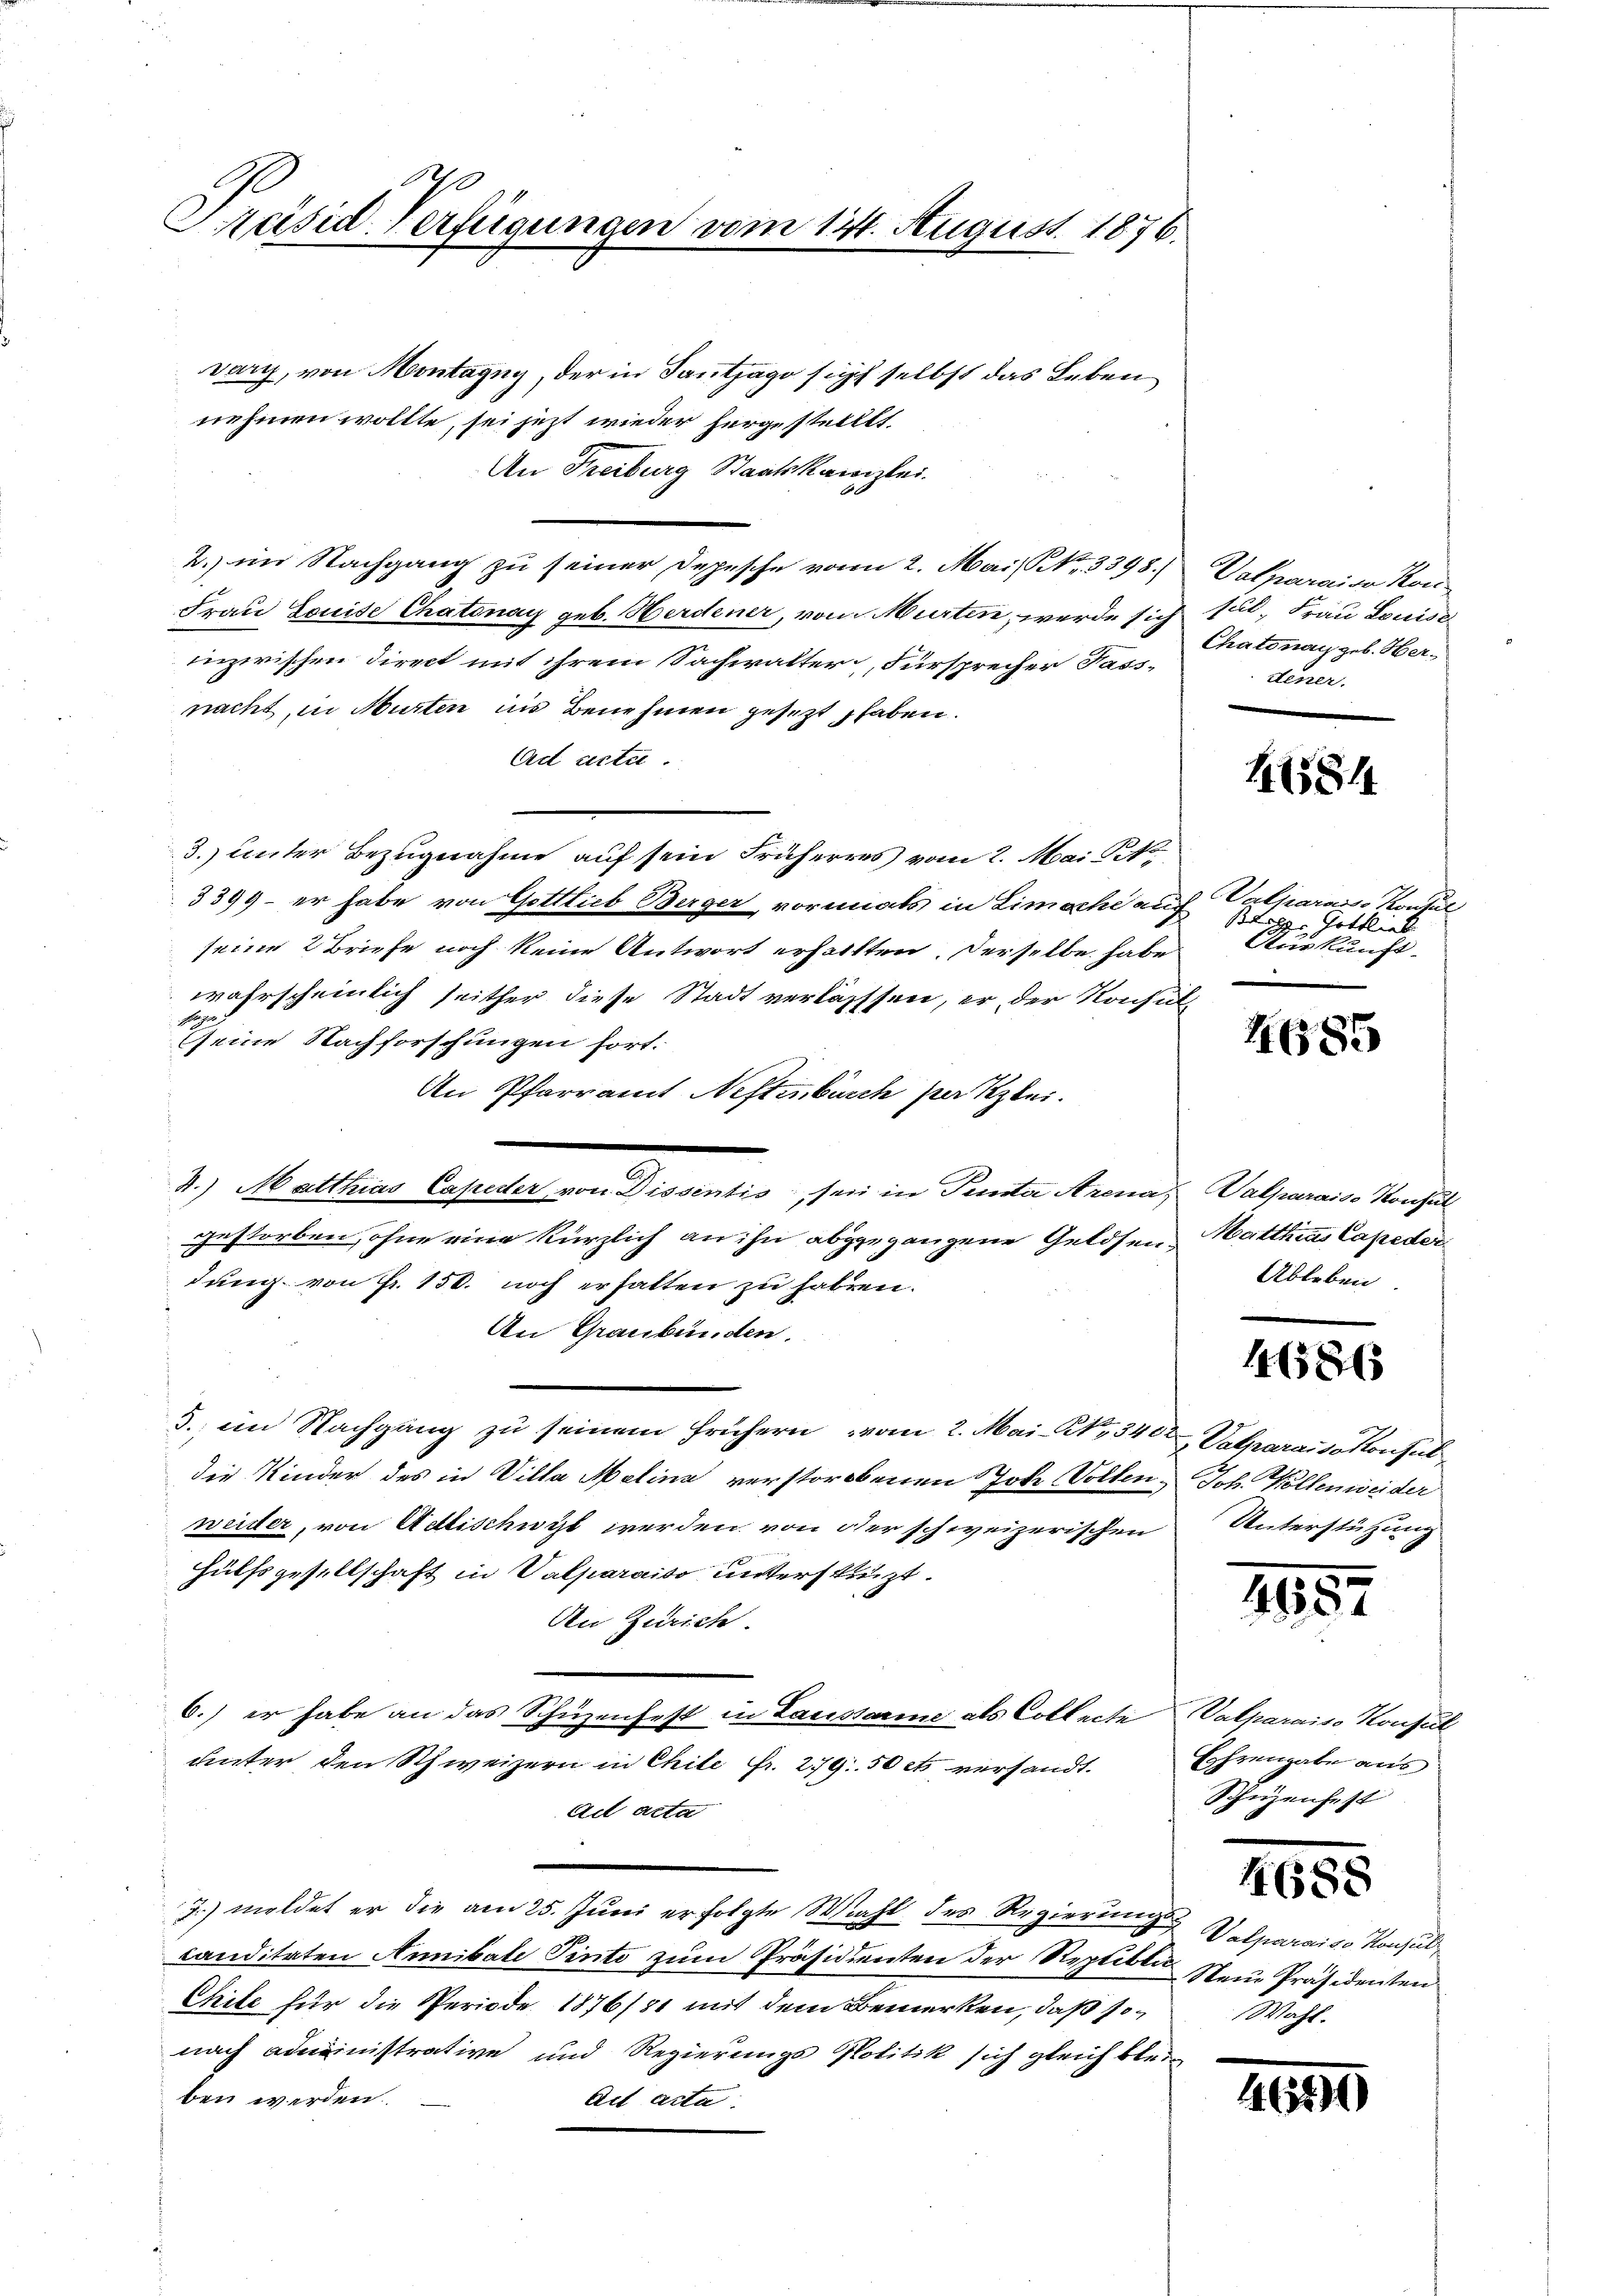
10
Präsid-Verfügungen vom 141. August 1876.

Dary, von Montagny, der in Santjago sicht selbst das Leben
nehmen wollte, sei jetzt wieder hergestellt.
An Freiburg Staatskanzlei.
2. im Nachgang zu seiner Depesche von 2. Mai NNo. 3398.
Frau Louise Chatonay geb. Werdener, von Murten, werde sich sil, Frau Louise
inzerischen Direct mit ihrem Sachwalter, Fürsprecher Passnacht in Murten ins Benehmen gesezt haben.
Aad acta.
3.) unter Bezugnahme auf sein Früheres vom 2. Mai Tit.
3399 – er habe von Gottlieb Berger vormals in Limache auf Valparasse Konsul
seine 2 Briefe noch keine Antwort erhalten. Derselbe habe
wahrscheinlich seither diese Stadt verlasssen, er der Konsul
 Hage
eine Nachforschungen fort.
An Pfarramt Neftenburch patzlei.
3.) Matthias Capeder von Dissentis sei in Panta Arena, Walparais Konsul
gestorben, ohne eine kürzlich an ihn abgegangene Geldsen, Matthias Capeder
dung von Fr. 150. noch erhalten zu fahren.
An Graubünden.
3. im Nachgang zu seinem frühern vom 2. Mai- No. 540 Vararaiso konsul
die Kinder des in Villa Melins verstorbenen Jose Vollen. Joh. Kollenweider
weiter, von Adlischüzt werden von der schweizerischen
Hülfsgesellschaft in Valparaiso unterstüzt.
An Zürich.
6.) er habe an das Schüzenfest in Laissarme als Collecte Valparaiso Konsul
unter den Schweizern in Chile Fr. 279. 50 et versandt.
Ad acta
J.) meldet er die am 25. Juni erfolgte Wahl des Regierungs Deparais Konsul
canditaten Annibale Tinte zum Präsidienten der Reptible Neue Präsidenten
Chite für die Periode 1876/81 mit dem Bemerken, daß so Wahl.
nach administrative und Regierungs Politik sich gleich blein
ben werden.
Act acta.

Valparaide Kon
Chatenau geb. Herdener.

41581

L. Gottlieb
Auskunft.

4685

Ableben

146865

Unterstützung

465.

Lohrengabe aus
Schüzenfest

105

4690